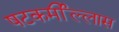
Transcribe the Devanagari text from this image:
षटकर्मील्लास